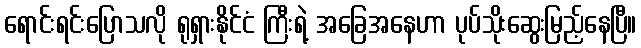
ရောင်းရင်းပြောသလို ရုရှားနိုင်ငံ ကြီးရဲ့ အခြေအနေဟာ ပုပ်သိုးဆွေးမြည့်နေပြီ။